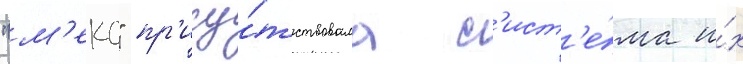
"м'еко" пр'ису́тствовала с'ист'е́ма и́х